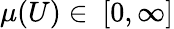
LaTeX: \mu(U)\in\ [0,\infty]